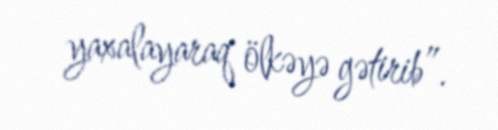
yaxalayaraq ölkəyə gətirib”.